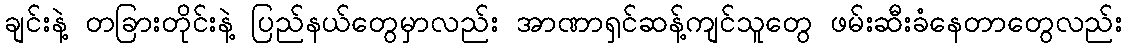
ချင်းနဲ့ တခြားတိုင်းနဲ့ ပြည်နယ်တွေမှာလည်း အာဏာရှင်ဆန့်ကျင်သူတွေ ဖမ်းဆီးခံနေတာတွေလည်း